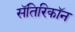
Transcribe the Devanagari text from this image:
सॅतिरिकॉन